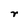
Character: r